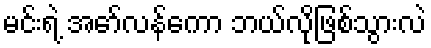
မင်းရဲ့ အော်လန်ကော ဘယ်လိုဖြစ်သွားလဲ